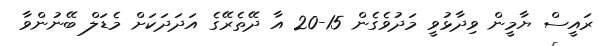
ރައީސް ޔާމީން ވިދާޅުވީ މަދުވެގެން 15-20 އާ ދޭތެރޭގެ އަދަދަކަށް މެޑަލް ބޭނުންވާ